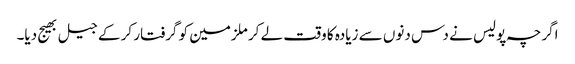
اگرچہ پولیس نے دس دنوں سے زیادہ کا وقت لے کر ملزمین کو گرفتار کر کے جیل بھیج دیا۔